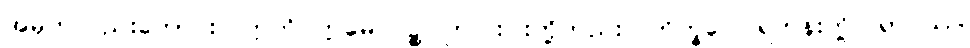
အမှတ်လည်းကောင်း။ ဣတိ ဣမေ ပဉ္စ၊ ဤငါးပါးတို့တည်း။ ဘိက္ခဝေ၊ ရဟန်းတို့။ ရာဂဿ၊